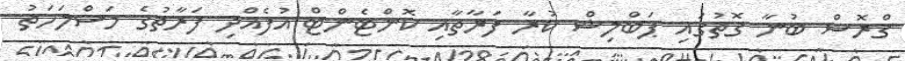
ގްރޮސް ބުނާ ގޮތުގައި ޕަބްލިޝް ކުރާ ފަރާތާއި ކޮންޓެންޓް އުފެއްދި ފަރާތުގެ މަސްލަހަތު